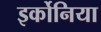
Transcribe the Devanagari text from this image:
इर्कोनिया